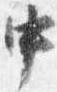
中